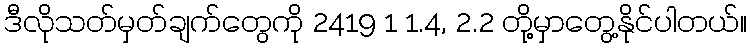
ဒီလိုသတ်မှတ်ချက်တွေကို 2419 1 1.4, 2.2 တို့မှာတွေ့နိုင်ပါတယ်။